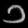
Digit: ၁